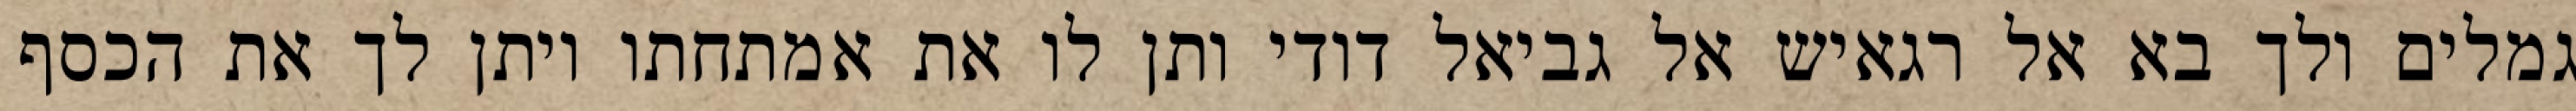
גמלים ולך בא אל רגאיש אל גביאל דודי ותן לו את אמתחתו ויתן לך את הכסף